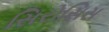
સિરોસિસ